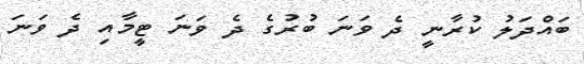
ބައްދަލު ކުރާނީ ދެ ވަނަ ބުރުގެ ދެ ވަނަ ޓީމާއި ދެ ވަނަ